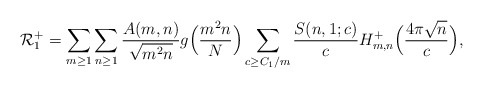
\begin{align*}\mathcal{R}_1^+= \sum_{m \geq 1}\sum_{n \geq 1} \frac{A(m,n)}{\sqrt{m^2 n}}g\Big(\frac{m^2 n}{N}\Big)\sum_{ c \geq C_1/m} \frac{S(n,1;c)}{c}H_{m,n}^+ \Big( \frac{4\pi \sqrt{n}}{c} \Big),\end{align*}